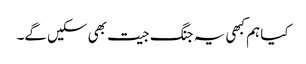
کیا ہم کبھی یہ جنگ جیت بھی سکیں گے۔